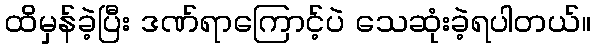
ထိမှန်ခဲ့ပြီး ဒဏ်ရာကြောင့်ပဲ သေဆုံးခဲ့ရပါတယ်။